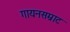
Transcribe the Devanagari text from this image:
गायनसम्राट